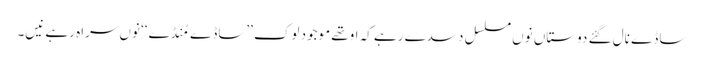
ساڈے نال گئے دوستاں نوں مسلسل دسدے رہے کہ اوتھے موجود لوک ’’ساڈے مُنڈے‘‘ نوں سراہ رہے نیں۔